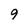
Character: 9